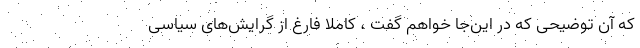
که آن توضیحی که در این‌جا خواهم گفت ، کاملا فارغ از گرایش‌های سیاسی